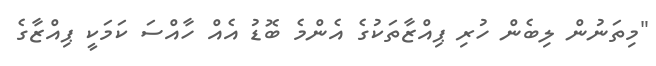
"މިތަނުން ލިބެން ހުރި ޕިއްޒާތަކުގެ އެންމެ ބޮޑު އެއް ހާއްސަ ކަމަކީ ޕިއްޒާގެ